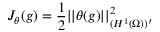
J _ { \theta } ( g ) = \frac { 1 } { 2 } | | \theta ( g ) | | _ { ( H ^ { 1 } ( \Omega ) ) ^ { \prime } } ^ { 2 }